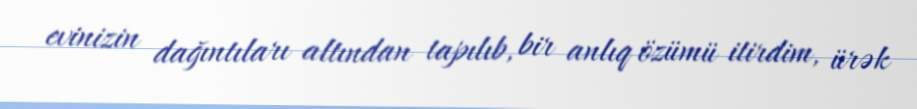
evinizin dağıntıları altından tapılıb, bir anlıq özümü itirdim, ürək